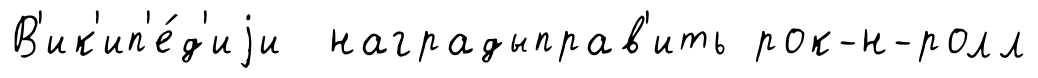
В'ик'ип'е́д'иjи наградыправ'ить рок-н-ролл